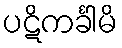
ပဋိကင်္ခါမိ